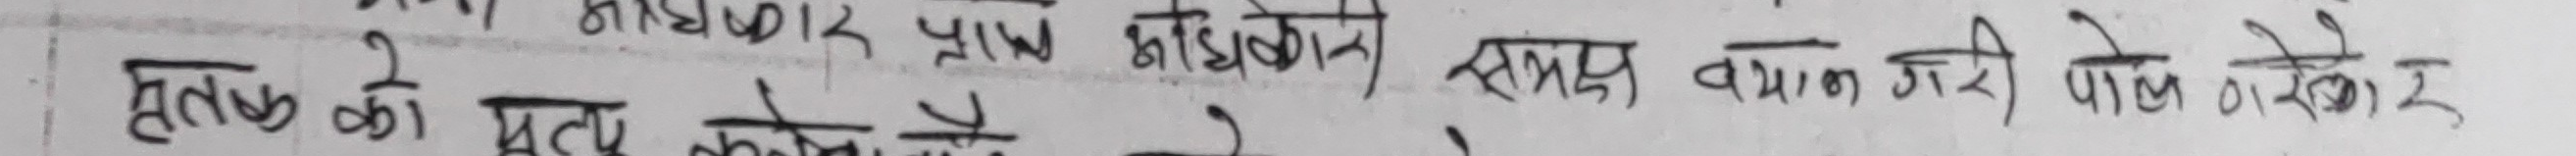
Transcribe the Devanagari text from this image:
आधार पाएको कुनै समय बयान जरी पाइने र हरेक
मृतकको मृत्यु के